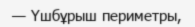
— Үшбұрыш периметры,